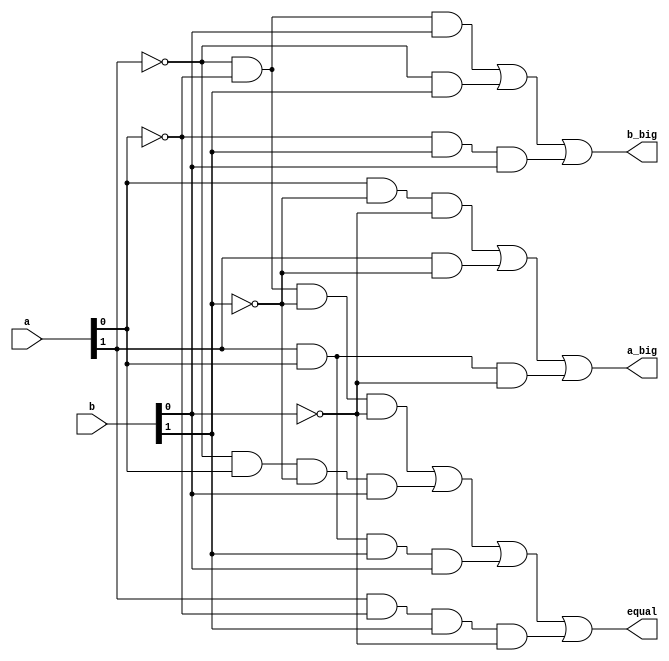
`timescale 1ns / 1ps

module comparator2(
    input       [1:0] a, b,              // a1, a0, b1, b0 input .
    output      a_big, b_big, equal         // a_big, b_big, equal output .
    );
    
    
    assign equal = (~a[1] & ~a[0] & ~b[1] & ~b[0])|(~a[1]& a[0] & ~b[1] & b[0])|(a[1]& a[0] & b[1] & b[0])|(a[1] & ~a[0] & b[1]& ~b[0]);     // truth table  2bit comparator     .
    assign a_big = (a[0] & ~b[1] & ~b[0])|(a[1] & ~b[1])|(a[1] & a[0] & ~b[0]);                                                             // truth table  2bit comparator a    .
    assign b_big = (~a[1] & ~a[0] & b[0])|(~a[1] & b[1])|(~a[0] & b[1] & b[0]);                                                              // truth table  2bit comparator b    .
endmodule